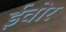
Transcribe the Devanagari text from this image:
ईवोर